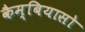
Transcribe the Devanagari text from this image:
कैम्बियासो